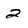
Character: 2